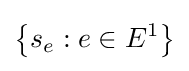
\left\{s_{e}:e\in E^{1}\right\}